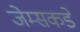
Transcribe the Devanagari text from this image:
जेम्सकडे